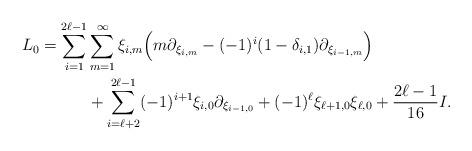
LaTeX: \begin{align*}L_0 =\sum_{i=1}^{2\ell-1} & \sum_{m= 1}^\infty \xi_{i,m}\Big(m\partial_{\xi_{i,m}}-(-1)^i(1-\delta_{i,1})\partial_{\xi_{i-1,m}} \Big)\\&+\sum_{i=\ell+2}^{2\ell-1}(-1)^{i+1}\xi_{i,0}\partial_{\xi_{i-1,0}}+(-1)^\ell \xi_{\ell+1,0}\xi_{\ell,0} +\frac{2\ell-1}{16}I.\end{align*}